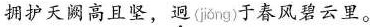
拥护天阙高且坚，迥( jiong )于春风碧云里。